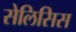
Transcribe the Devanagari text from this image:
सेलिसिस